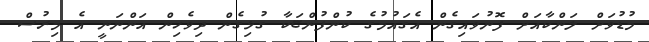
މުޑުވަށް ލަންކާއަށް ފޮނުވައިގެން އެގައުމުގެ ކުންފުންޏަކާ ގުޅިގެން ދިވެހިން އަންނަނީ އެ މިރުސް